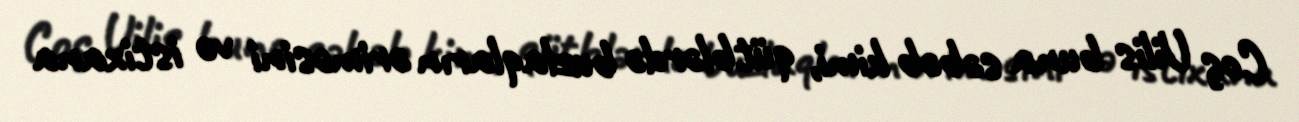
Coş Uilis buna səbəb kimi, qütblərdə buzlaqların əriməsini və istixana